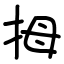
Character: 拇